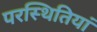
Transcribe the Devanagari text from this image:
परस्थितियां